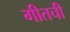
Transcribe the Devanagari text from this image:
गीतची